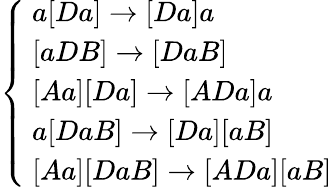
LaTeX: \left\{ \begin{array}{ll}{\ a[Da]\rightarrow[Da]a}\\ {\ [aDB]\rightarrow[DaB]}\\ {\ [Aa][Da]\rightarrow[ADa]a}\\ {\ a[DaB]\rightarrow[Da][aB]}\\ {\ [Aa][DaB]\rightarrow[ADa][aB]}\end{array}\right.